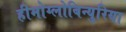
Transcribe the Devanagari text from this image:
हीमोग्लोबिन्युरिया